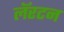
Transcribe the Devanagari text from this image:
लॅरटन